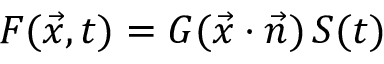
F ( { \vec { x } } , t ) = G ( { \vec { x } } \cdot { \vec { n } } ) \, S ( t )